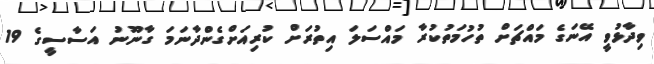
ވިދާޅުވީ އޭނަގެ މައްޗަށް ތުހުމަތުކުރާ މައްސަލަ އިތުރަށް ކުރިއަށްގެންދާނަމަ ގާނޫނު އަސާސީގެ 19